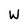
Character: W